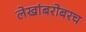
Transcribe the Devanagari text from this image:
लेखांबरोबरच